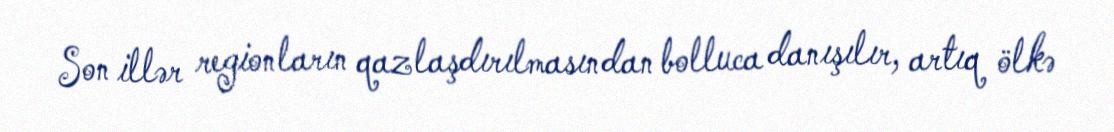
Son illər regionların qazlaşdırılmasından bolluca danışılır, artıq ölkə